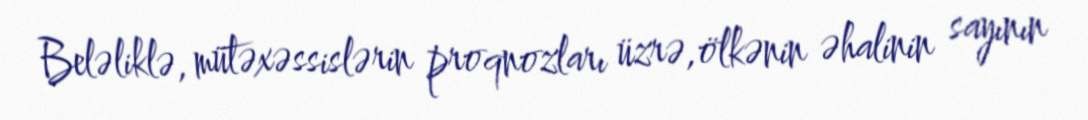
Beləliklə, mütəxəssislərin proqnozları üzrə,ölkənin əhalinin sayının